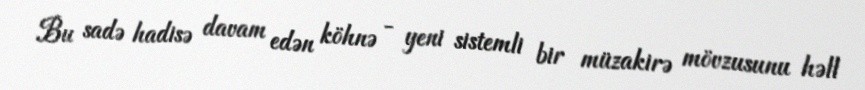
Bu sadə hadisə davam edən köhnə - yeni sistemli bir müzakirə mövzusunu həll